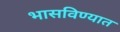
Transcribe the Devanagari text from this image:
भासविण्यात